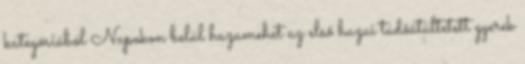
kategóriából Napokon belül hazamehet az első hazai tüdőátültetett gyerek